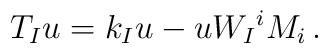
T_{I}u = k_{I}u -uW_{I}{}^{i}M_{i}\, .